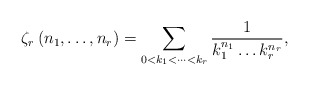
\begin{align*}\zeta_{r}\left(n_{1},\dots,n_{r}\right)=\sum_{0<k_{1}<\dots<k_{r}}\frac{1}{k_{1}^{n_{1}}\dots k_{r}^{n_{r}}},\end{align*}